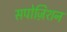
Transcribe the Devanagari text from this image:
सपोज़िशन